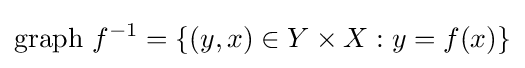
\operatorname {graph} \,f^{-1}=\{(y,x)\in Y\times X:y=f(x)\}